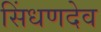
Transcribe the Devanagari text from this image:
सिंधणदेव